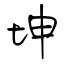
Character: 坤